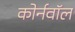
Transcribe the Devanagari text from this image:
कोर्नवॉल